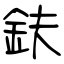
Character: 鈇